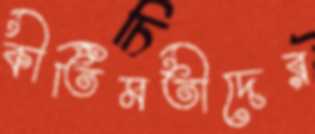
কীর্তিমতীদের